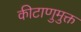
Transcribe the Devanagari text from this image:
कीटाणुमुक्त